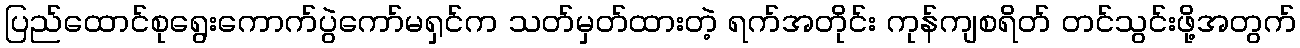
ပြည်ထောင်စုရွေးကောက်ပွဲကော်မရှင်က သတ်မှတ်ထားတဲ့ ရက်အတိုင်း ကုန်ကျစရိတ် တင်သွင်းဖို့အတွက်